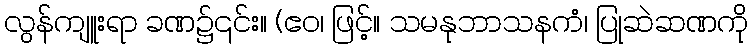
လွန်ကျူးရာ ခဏ၌၎င်း။ (ဧဝ၊ ဖြင့်။ သမနုဘာသနကံ၊ ပြုဆဲဆဏကို